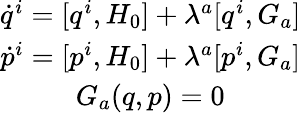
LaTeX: \begin{array}{c}{\dot{q}^{i}=[q^{i},H_{0}]+\lambda^{a}[q^{i},G_{a}]}\\ {\dot{p}^{i}=[p^{i},H_{0}]+\lambda^{a}[p^{i},G_{a}]}\\ {G_{a}(q,p)=0}\end{array}